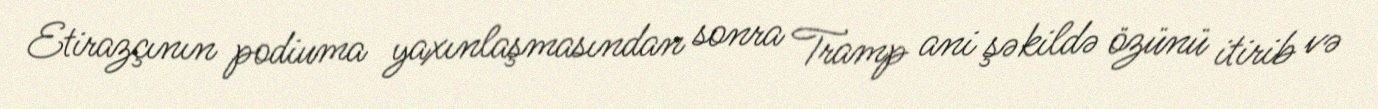
Etirazçının podiuma yaxınlaşmasından sonra Tramp ani şəkildə özünü itirib və